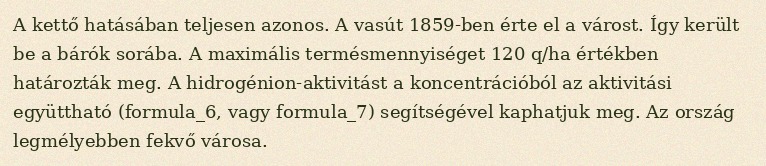
A kettő hatásában teljesen azonos. A vasút 1859-ben érte el a várost. Így került be a bárók sorába. A maximális termésmennyiséget 120 q/ha értékben határozták meg. A hidrogénion-aktivitást a koncentrációból az aktivitási együttható (formula_6, vagy formula_7) segítségével kaphatjuk meg. Az ország legmélyebben fekvő városa.